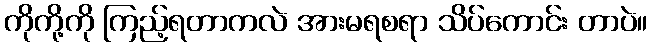
ကိုကို့ကို ကြည့်ရတာကလဲ အားမရစရာ သိပ်ကောင်း တာပဲ။